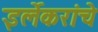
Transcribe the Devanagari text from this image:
इर्लेकरांचे